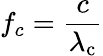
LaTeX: f_{c}={\frac{c}{\lambda_{\mathrm{{c}}}}}